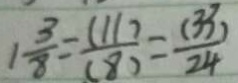
1 \frac { 3 } { 8 } = \frac { ( 1 1 7 } { ( 8 ) } = \frac { ( 3 3 ) } { 2 4 }